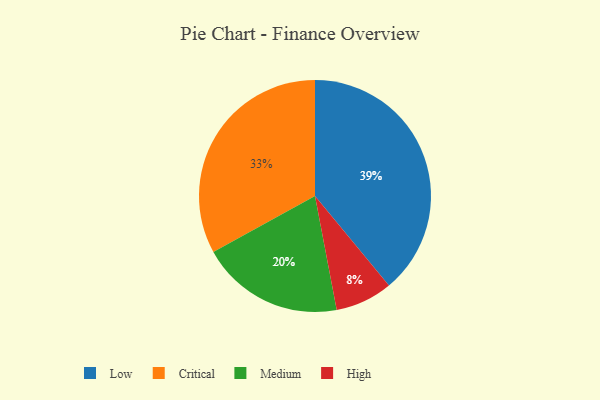
{"axis": {"x": "Category", "y": "Percentage"}, "legend": ["Critical", "High", "Low", "Medium"], "data": [{"x": "High", "y": 8, "type": "High"}, {"x": "Critical", "y": 33, "type": "Critical"}, {"x": "Medium", "y": 20, "type": "Medium"}, {"x": "Low", "y": 39, "type": "Low"}]}